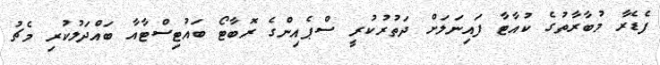
ފެޑެރާ މުބާރާތުގެ ކުއާޓާ ފައިނަލަށް ދަތުރުކުރީ ސްޕެއިންގެ ރޮބާޓޯ ބައުޓިސްޓާއާ ބައްދަލުކުރި މެޗު